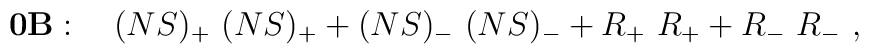
{\bf 0B}: \quad (NS)_+\ (NS)_+ +(NS)_-\ (NS)_- + R_+\ R_++ R_- \ R_-\ ,